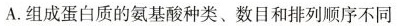
A.组成蛋白质的氨基酸种类、数目和排列顺序不同